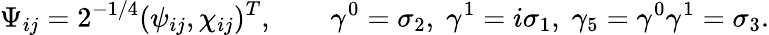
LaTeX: \Psi_{ij}=2^{-1/4}(\psi_{ij},\chi_{ij})^{T},\qquad\gamma^{0}=\sigma_{2},\; \gamma^{1}=i\sigma_{1},\; \gamma_{5}=\gamma^{0}\gamma^{1}=\sigma_{3}.